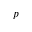
p